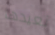
نعيدها